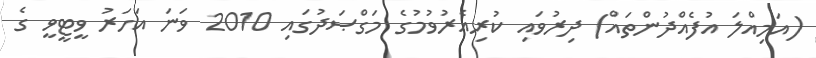
(އަމިއްލަ އުފެއްދުންތައް) ދިރުވައި ކުރިއެރުވުމުގެ މަގްޞަދުގައި 2010 ވަނަ އަހަރު ވީޓީވީ ގެ